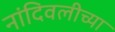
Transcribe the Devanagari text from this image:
नांदिवलीच्या